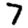
Digit: 7